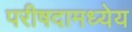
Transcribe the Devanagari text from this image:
परीषदामध्येय